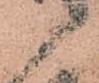
候